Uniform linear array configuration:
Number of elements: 16
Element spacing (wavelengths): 1
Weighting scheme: binomial
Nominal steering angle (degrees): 15
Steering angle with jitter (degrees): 16.592
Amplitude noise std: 0.05
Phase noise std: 0.05

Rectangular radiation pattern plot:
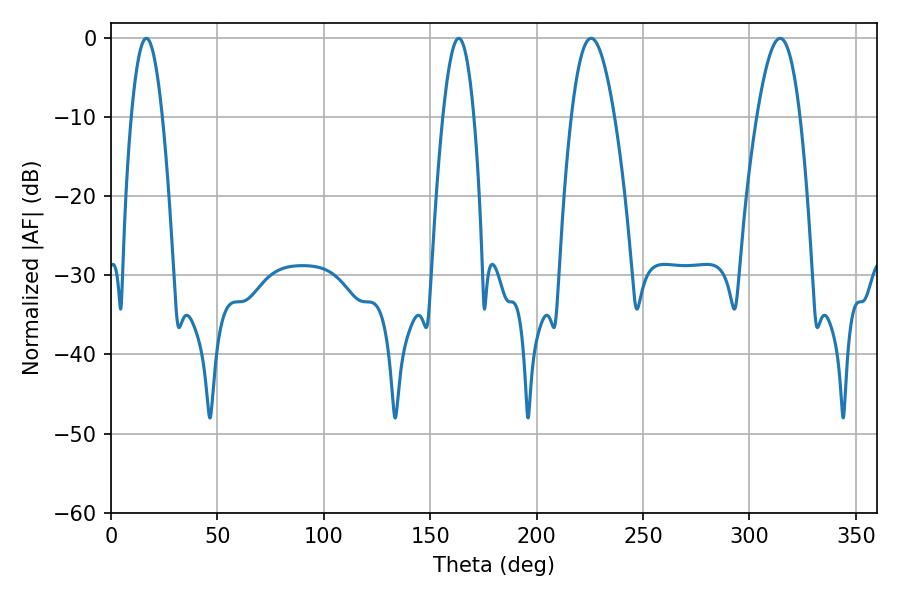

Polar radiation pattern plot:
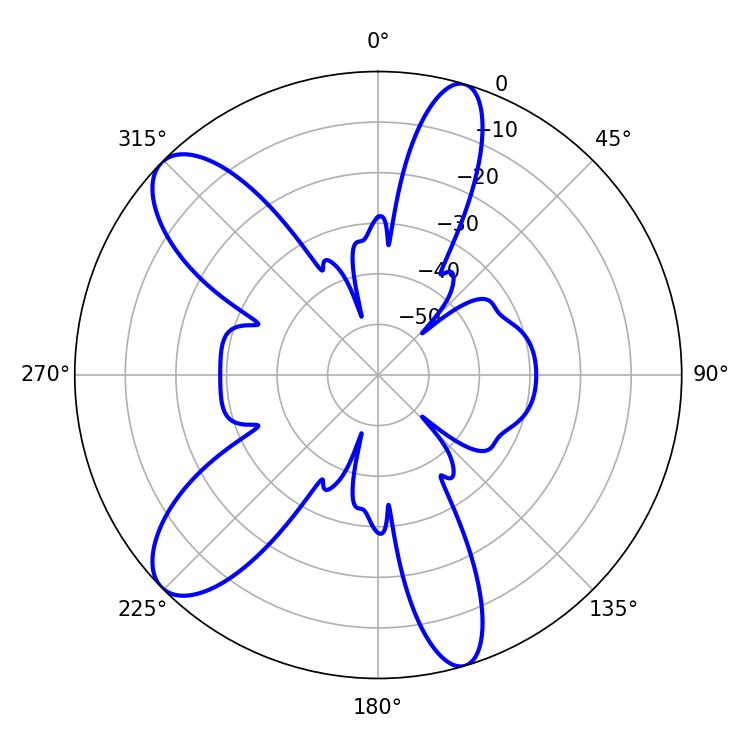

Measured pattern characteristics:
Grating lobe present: TRUE
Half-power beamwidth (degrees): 10.98
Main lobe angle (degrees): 225.54